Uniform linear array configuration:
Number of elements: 32
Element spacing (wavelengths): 1
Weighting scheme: hamming
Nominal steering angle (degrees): -30
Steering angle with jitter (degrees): -29.113
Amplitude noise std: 0.05
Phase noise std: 0.05

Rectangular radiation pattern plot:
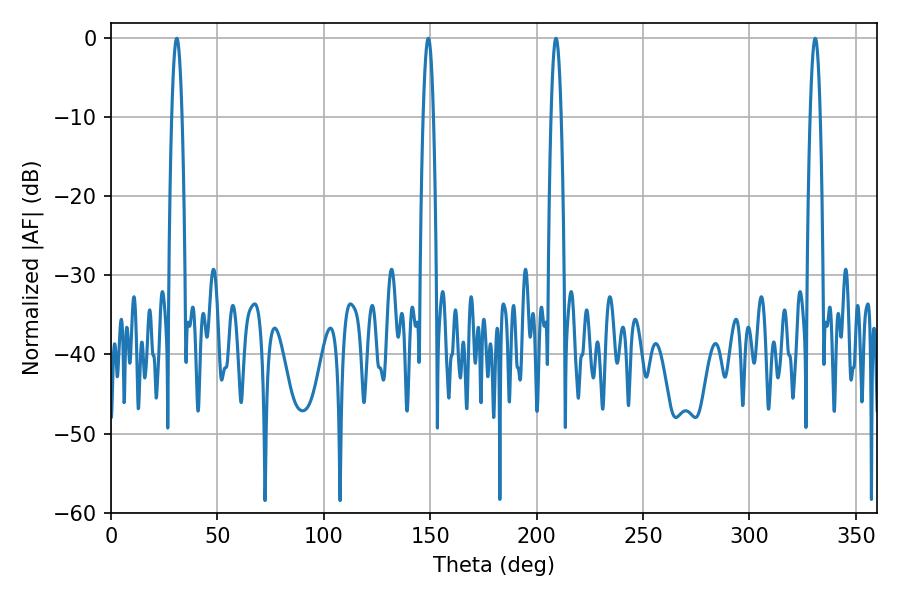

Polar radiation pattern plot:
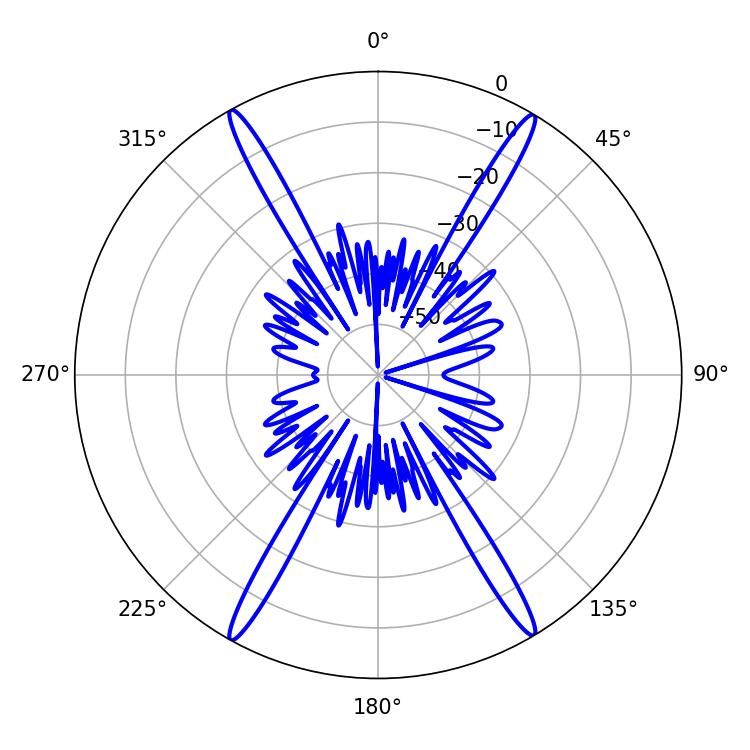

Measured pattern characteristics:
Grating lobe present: TRUE
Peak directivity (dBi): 27.269
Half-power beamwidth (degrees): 2.52
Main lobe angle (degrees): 149.04